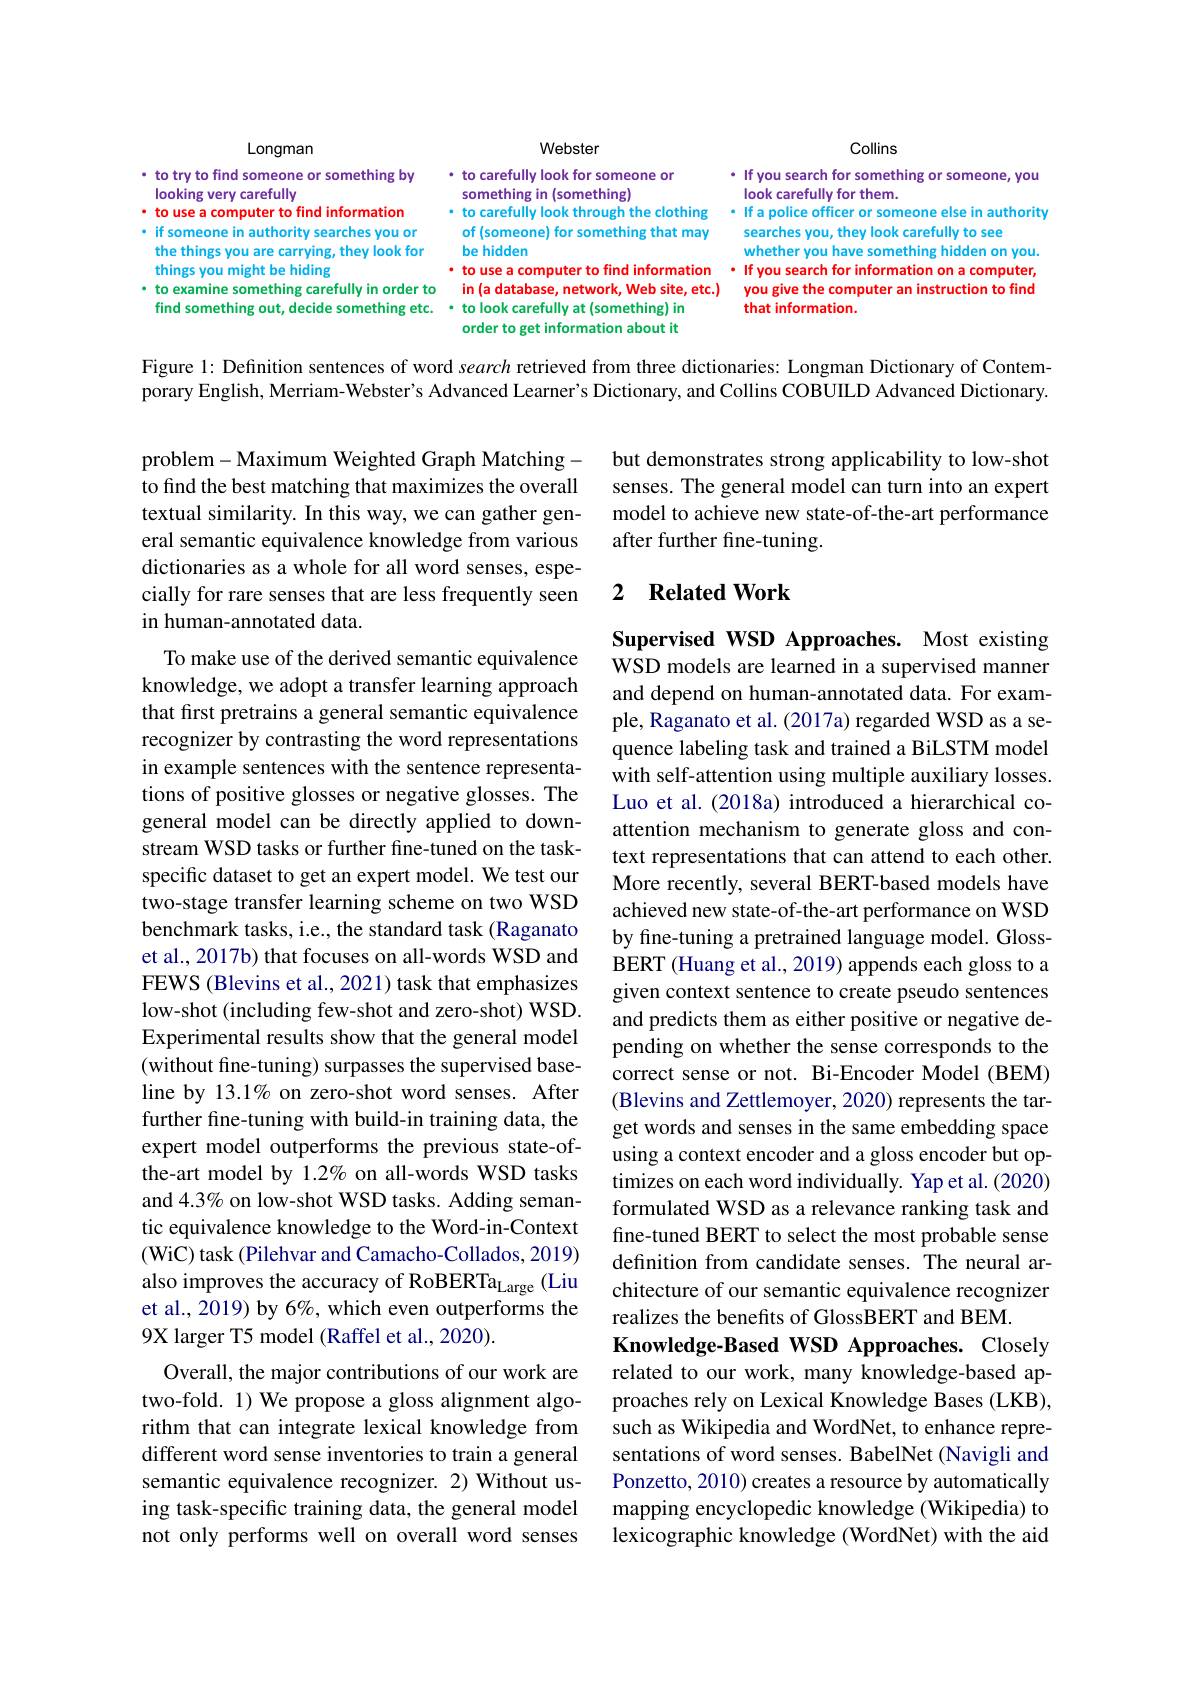
<FigureHere>

Figure 1: Definition sentences of word search retrieved from three dictionaries: Longman Dictionary of Contem-

porary English, Merriam-Webster's Advanced Learner's Dictionary, and Collins COBUILD Advanced Dictionary.

but demonstrates strong applicability to low-shot senses. The general model can turn into an expert model to achieve new state-of-the-art performance after further fine-tuning.

### 2 $\textbf{Related Work}$

problem-Maximum Weighted Graph Matchingto find the best matching that maximizes the overall textual similarity. In this way, we can gather general semantic equivalence knowledge from various dictionaries as a whole for all word senses, especially for rare senses that are less frequently seen in human-annotated data.
To make use of the derived semantic equivalence knowledge, we adopt a transfer learning approach that first pretrains a general semantic equivalence recognizer by contrasting the word representations in example sentences with the sentence representations of positive glosses or negative glosses. The general model can be directly applied to downstream WSD tasks or further fine-tuned on the taskspecific dataset to get an expert model. We test our two-stage transfer learning scheme on two WSD benchmark tasks, i.e., the standard task (Raganato et al., 2017b) that focuses on all-words WSD and FEWS (Blevins et al., 2021) task that emphasizes low-shot (including few-shot and zero-shot) WSD. Experimental results show that the general model (without fine-tuning) surpasses the supervised baseline by 13.1% on zero-shot word senses. After further fine-tuning with build-in training data, the further fine- tuning with build- in training data, theget words and senses in the same embedding space expert model outperforms the previous state- of- using a context encoder and a gloss encoder but op-
the-art model by 1.2% on all-words WSD tasks and 4.3% on low-shot WSD tasks. Adding semantic equivalence knowledge to the Word-in-Context (WiC) task (Pilehvar and Camacho-Collados, 2019) also improves the accuracy of RoBERTa_Large (Liu et al., 2019) by 6%, which even outperforms the 9X larger T5 model (Raffel et al., 2020).
Overall, the major contributions of our work are two-fold. 1) We propose a gloss alignment algorithm that can integrate lexical knowledge from different word sense inventories to train a general semantic equivalence recognizer. 2) Without using task-specific training data, the general model not only performs well on overall word senses

Supervised WSD Approaches. Most existing WSD models are learned in a supervised manner and depend on human-annotated data. For example, Raganato et al. (2017a) regarded WSD as a sequence labeling task and trained a BiLSTM model with self-attention using multiple auxiliary losses. Luo et al. (2018a) introduced a hierarchical coattention mechanism to generate gloss and context representations that can attend to each other. More recently, several BERT-based models have achieved new state-of-the-art performance on WSD by fine-tuning a pretrained language model. GlossBERT (Huang et al., 2019) appends each gloss to a given context sentence to create pseudo sentences and predicts them as either positive or negative depending on whether the sense corresponds to the correct sense or not. Bi-Encoder Model (BEM) (Blevins and Zettlemoyer, 2020) represents the tarusing a context encoder and a gloss encoder but optimizes on each word individually. Yap et al. (2020) formulated WSD as a relevance ranking task and fine-tuned BERT to select the most probable sense definition from candidate senses. The neural architecture of our semantic equivalence recognizer realizes the benefits of GlossBERT and BEM.
Knowledge-Based WSD Approaches. Closely related to our work, many knowledge-based approaches rely on Lexical Knowledge Bases (LKB), such as Wikipedia and WordNet, to enhance representations of word senses. BabelNet (Navigli and Ponzetto, 2010) creates a resource by automatically mapping encyclopedic knowledge (Wikipedia) to lexicographic knowledge (WordNet) with the aid